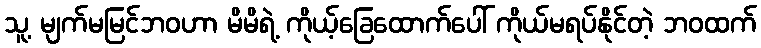
သူ့ မျက်မမြင်ဘဝဟာ မိမိရဲ့ ကိုယ့်ခြေထောက်ပေါ် ကိုယ်မရပ်နိုင်တဲ့ ဘဝထက်